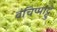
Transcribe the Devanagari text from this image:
वंचिप्पाट्टु